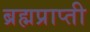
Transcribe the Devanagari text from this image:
ब्रह्मप्राप्ती